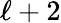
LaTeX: {\ell+2}